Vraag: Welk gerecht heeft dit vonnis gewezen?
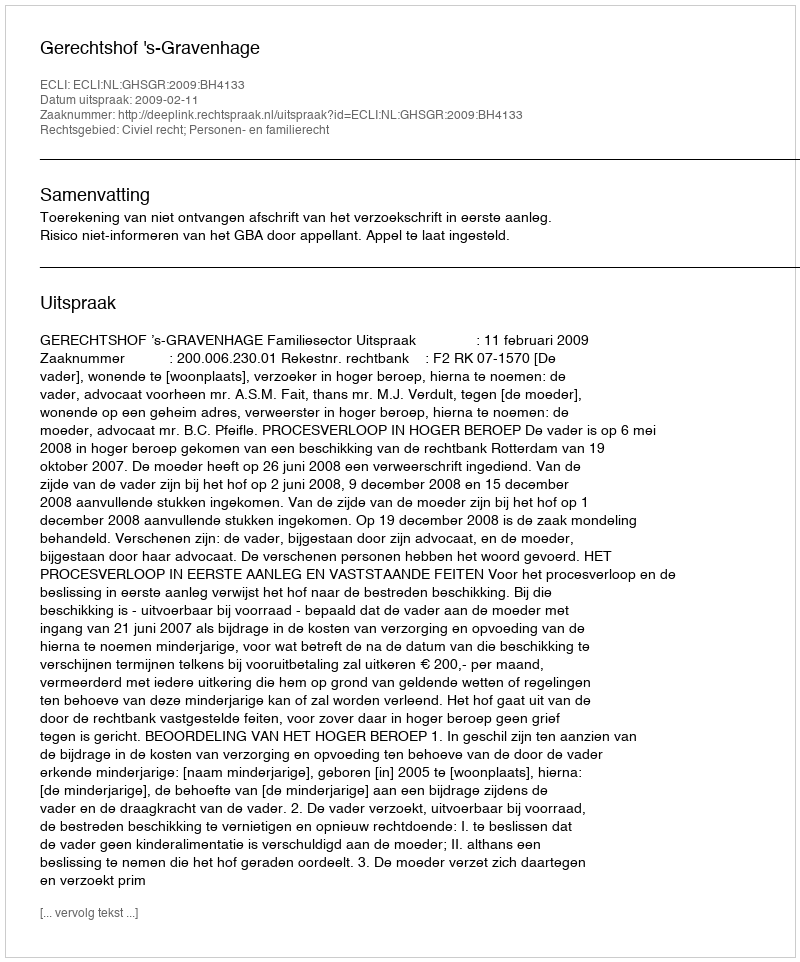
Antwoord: Gerechtshof 's-Gravenhage